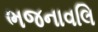
ભજનાવલિ